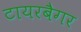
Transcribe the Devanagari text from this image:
टायरबैगर